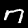
Digit: 7